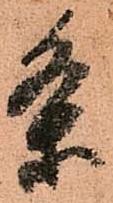
条